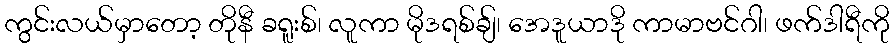
ကွင်းလယ်မှာတော့ တိုနီ ခရူးစ်၊ လူကာ မိုဒရစ်ချ်၊ အေဒူယာဒို ကာမာဗင်ဂါ၊ ဖက်ဒါရီကို